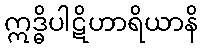
ဣဒ္ဓိပါဋိဟာရိယာနိ